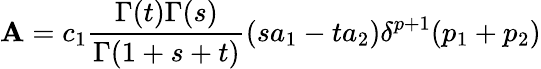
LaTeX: {\cal{\mathbf{A}}}=c_{1}\frac{{\Gamma(t)\Gamma(s)}}{{\Gamma(1+s+t)}}(sa_{1}-ta_{2})\delta^{p+1}(p_{1}+p_{2})